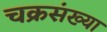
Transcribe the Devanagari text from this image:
चक्रसंख्या